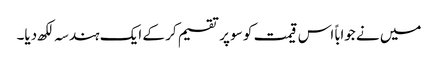
میں نے جواباً اس قیمت کو سو پر تقسیم کر کے ایک ہندسہ لکھ دیا۔